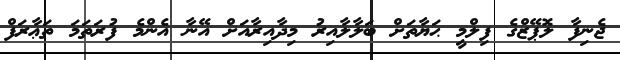
ޖެނިފާ ލޮޕޭޒްގެ ފިލްމީ ޙަޔާތަށް ބަލާލާއިރު މިދާއިރާއަށް އޭނާ އެންމެ ފުރަތަމަ ތަޢާރަފް